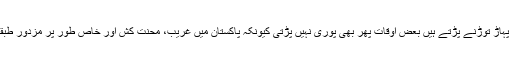
دو وقت کی روکھی سوکھی پوری کرنے کیلئے اسے مشقتوں کے پہاڑ توڑنے پڑتے ہیں بعض اوقات پھر بھی پوری نہیں پڑتی کیونکہ پاکستان میں غریب، محنت کش اور خاص طور پر مزدور طبقہ انتہائی کمپسری اور لاچاری کی حالت میں زندگی گزار رہا ہے۔